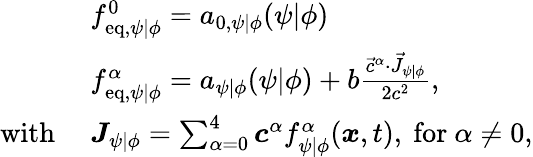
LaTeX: \begin{array}{rl}&{f_{\mathrm{eq},\psi\vert\phi}^{0}=a_{0,\psi\vert\phi}(\psi\vert\phi)}\\ &{f_{\mathrm{eq},\psi\vert\phi}^{\alpha}=a_{\psi\vert\phi}(\psi\vert\phi)+b\frac{\vec{c}^{\alpha}\cdot\vec{J}_{\psi\vert\phi}}{2c^{2}},}\\ {\mathrm{with}\ }&{\boldsymbol{J}_{\psi\vert\phi}=\sum_{\alpha=0}^{4}\boldsymbol{c}^{\alpha}f_{\psi\vert\phi}^{\alpha}(\boldsymbol{x},t),\ \mathrm{for~}\alpha\neq 0,}\end{array}